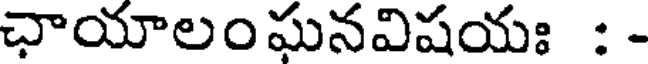
ఛాయాలంఘనవిషయః : -